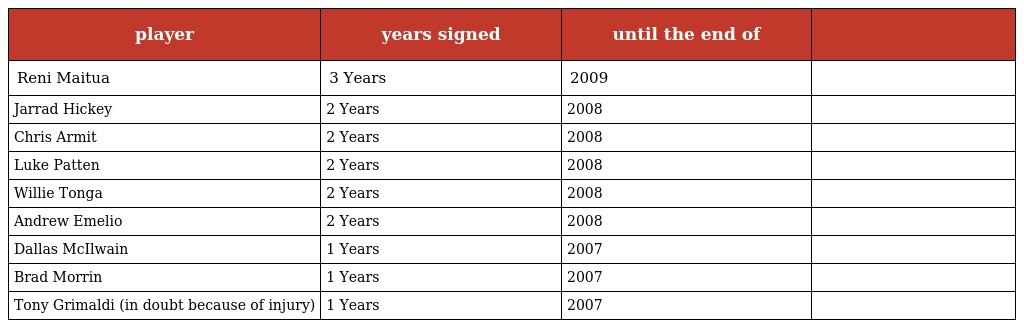
| player | years signed | until the end of |  |
 | --- | --- | --- | --- |
 | Reni Maitua | 3 Years | 2009 |  |
 | Jarrad Hickey | 2 Years | 2008 |  |
 | Chris Armit | 2 Years | 2008 |  |
 | Luke Patten | 2 Years | 2008 |  |
 | Willie Tonga | 2 Years | 2008 |  |
 | Andrew Emelio | 2 Years | 2008 |  |
 | Dallas McIlwain | 1 Years | 2007 |  |
 | Brad Morrin | 1 Years | 2007 |  |
 | Tony Grimaldi (in doubt because of injury) | 1 Years | 2007 |  |